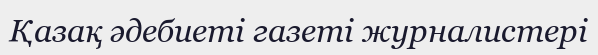
Қазақ әдебиеті газеті журналистері